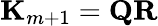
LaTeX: \textrm{\textbf{K}}_{m+1}=\textrm{\textbf{Q}}\textrm{\textbf{R}}